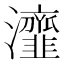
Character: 𤅈